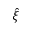
\hat { \xi }